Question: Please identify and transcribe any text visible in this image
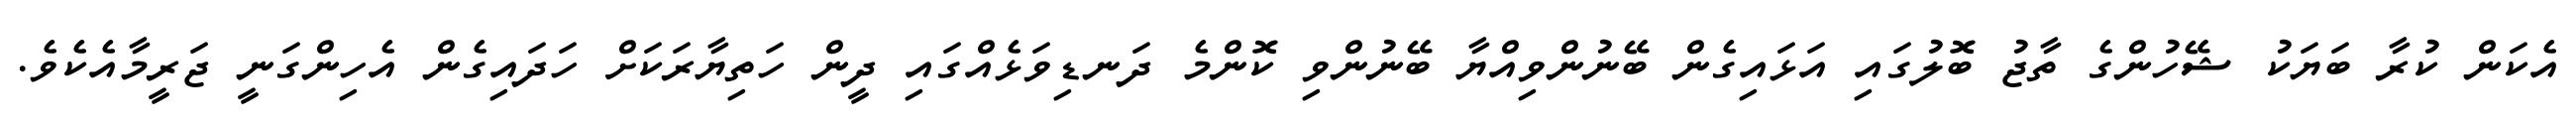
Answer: އެކަން ކުރާ ބަޔަކު ޝޭހުންގެ ތާޖު ބޮލުގައި އަޅައިގެން ބޭނުންވިއްޔާ ބޭނުންވި ކޮންމެ ދަނޑިވަޅެއްގައި ދީން ހަތިޔާރަކަށް ހަދައިގެން އެހިންގަނީ ޖަރީމާއެކެވެ.